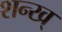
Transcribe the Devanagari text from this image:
शन्ख्